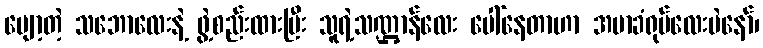
ပျော့တဲ့ သဘောလေးနဲ့ ဖွဲ့စည်းထားပြီး သူရဲ့သဏ္ဌာန်လေး ပေါ်နေတာဟာ အမာခံရုပ်လေးပဲနော်၊